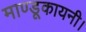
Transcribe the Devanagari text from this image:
माण्डूकायनी।